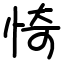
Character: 㥓